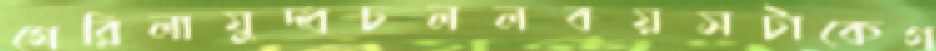
গেরিলাযুদ্ধঢললবয়সটাকেগ